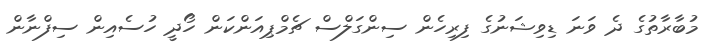
މުބާރާތުގެ ދެ ވަނަ ޑިވިޝަނުގެ ފިރިހެން ސިންގަލްސް ޗެމްޕިއަންކަން ހޯދީ ހުސެއިން ސިފްނާން